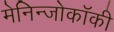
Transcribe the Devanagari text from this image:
मेनिन्जोकॉकी